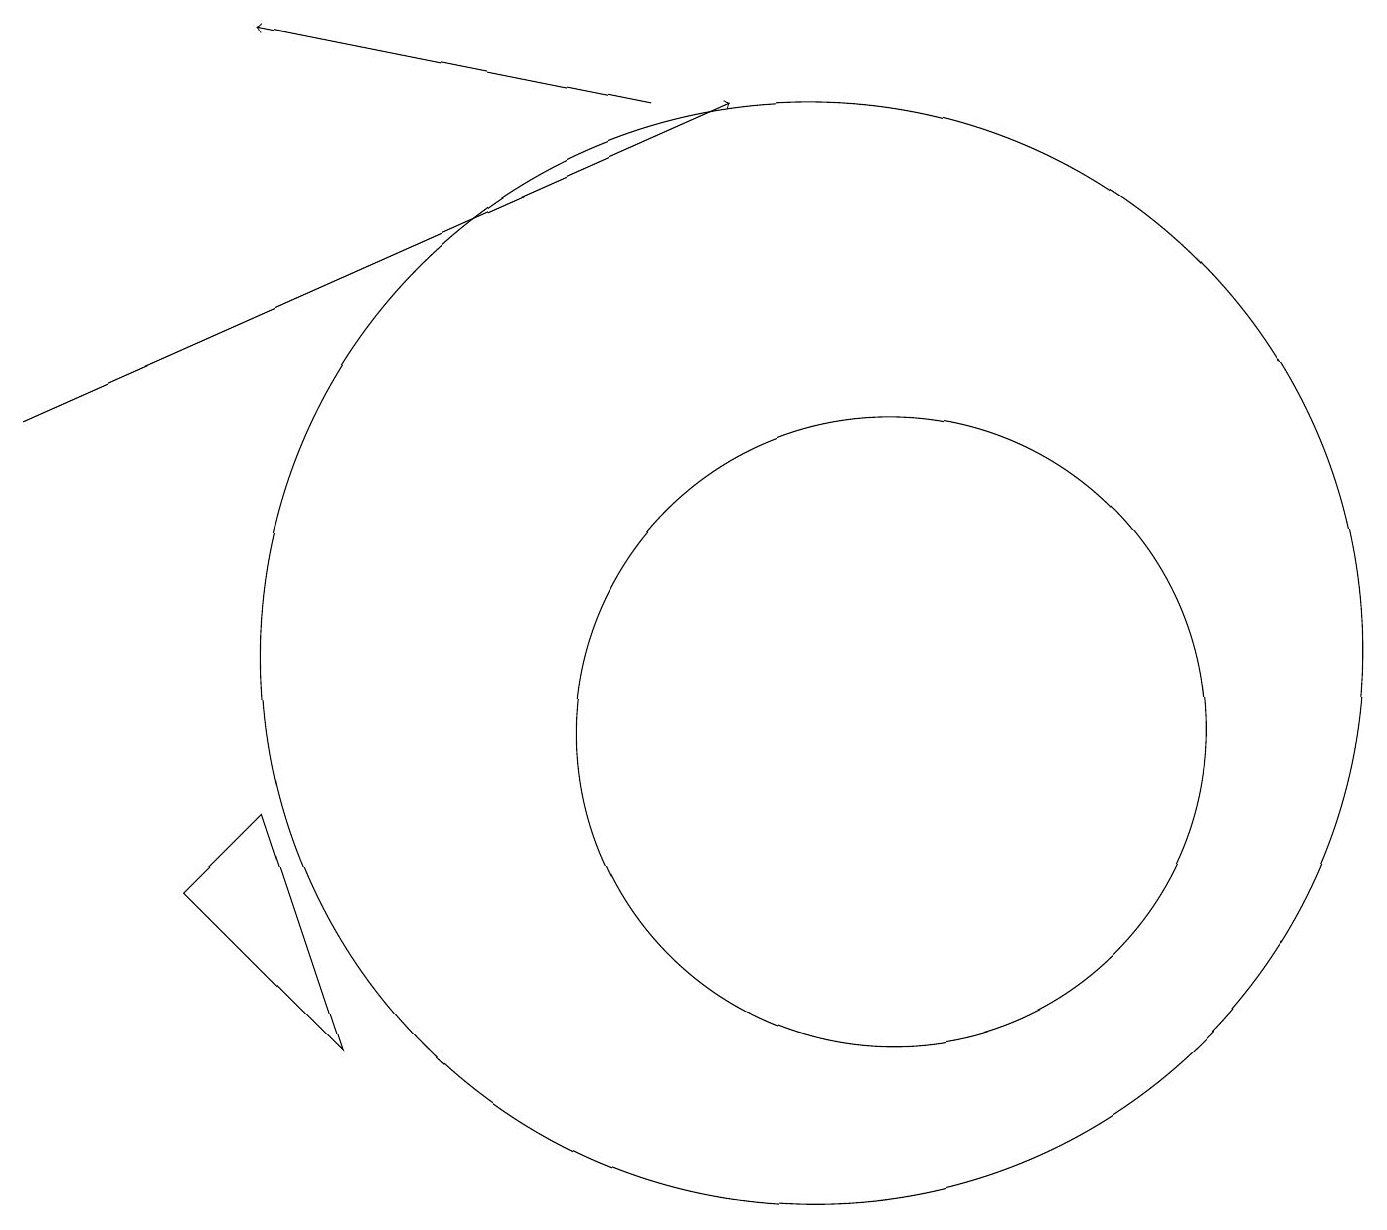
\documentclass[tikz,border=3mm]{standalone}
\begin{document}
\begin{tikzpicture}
\draw[->] (0,14) -- (9,18);
\draw (11,10) circle (4);
\draw[->] (8,18) -- (3,19);
\draw (10,11) circle (7);
\draw (3,9) -- (4,6) -- (2,8) -- cycle;
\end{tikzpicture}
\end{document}